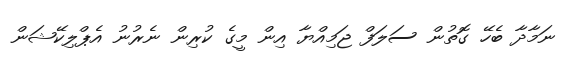
ނަމާދާ ބެހޭ ގޮތުން ސަލަފް ޖަމިއްޔާ އިން މީގެ ކުރިން ނެރުނު އެޕްލިކޭޝަން